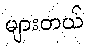
များတယ်